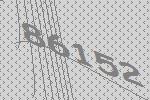
86152